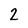
Character: 2